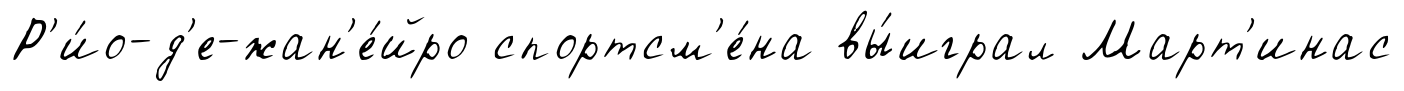
Р'и́о-д'е-жан'е́йро спортсм'е́на вы́играл Март'инас